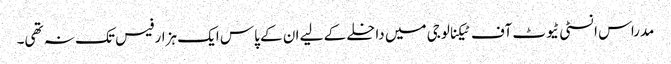
مدراس انسٹی ٹیوٹ آف ٹیکنالوجی میں داخلے کے لیے ان کے پاس ایک ہزار فیس تک نہ تھی۔